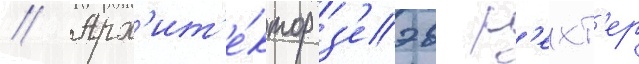
// Арх'ит'е́ктор з'еэв р'ехт'ер